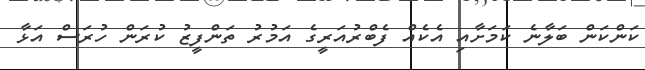
ކަންކަން ބަލާނެ ކަމަށާއި އެކެއް ފެބްރުއަރީގެ އަމުރު ތަންފީޒު ކުރަން ހުރަސް އަޅާ